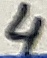
Text: 4